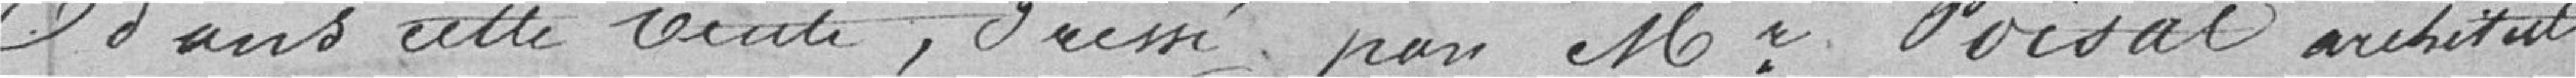
dans cette vente, dressé par monsieur Poisat architecte